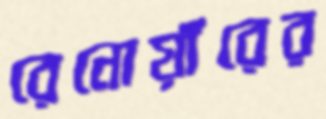
রেনোয়াঁরের